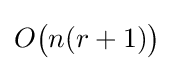
O{\bigl (}n(r+1){\bigr )}